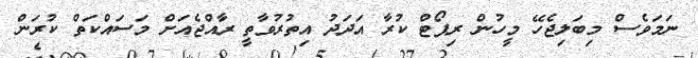
ނަމަވެސް މިބަލިޖެހޭ މީހުން ރިޕޯޓް ކުރާ އަދަދު އިތުރުވާތީ ރާއްޖެއަށް މަސައްކަތް ކުރަން